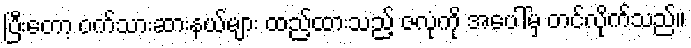
ပြီးတော့ ဝက်သားဆားနယ်များ ထည့်ထားသည့် ဇလုံကို အပေါ်မှ တင်လိုက်သည်။